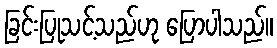
ခြင်းပြုသင့်သည်ဟု ပြောပါသည်။